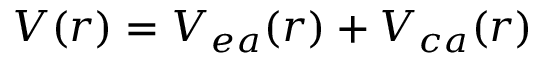
V ( r ) = V _ { e a } ( r ) + V _ { c a } ( r )